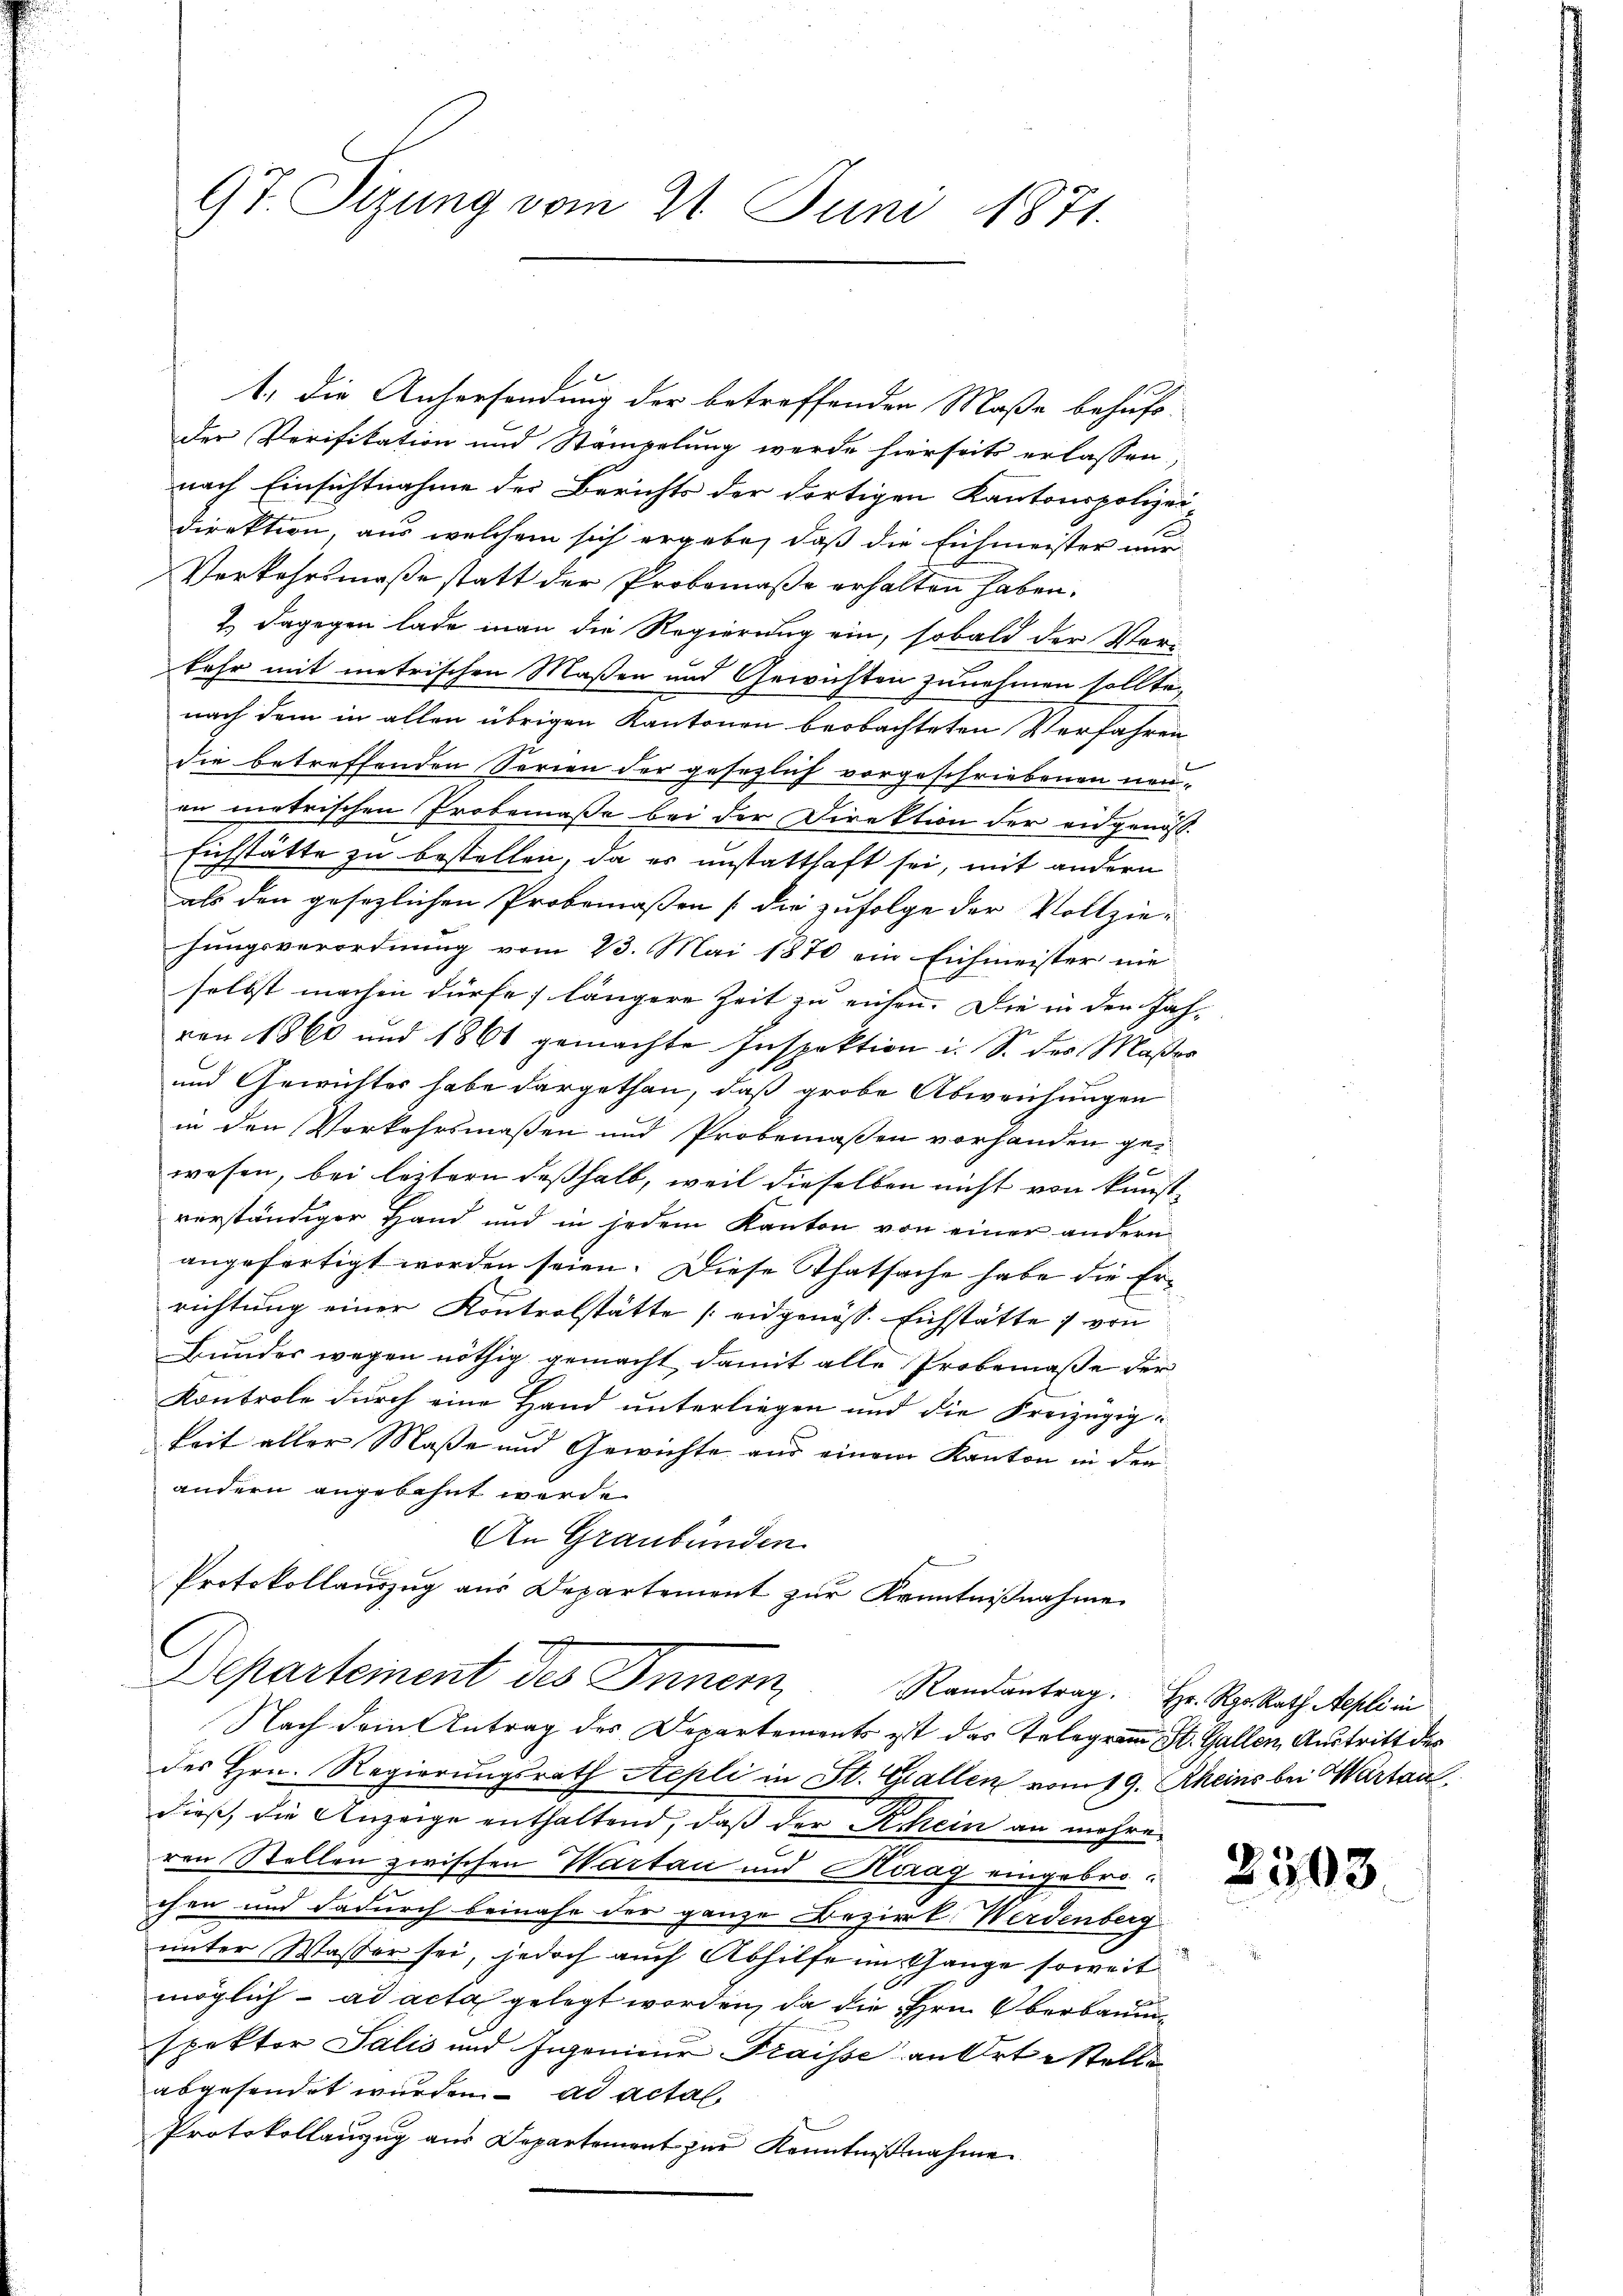
97. Sizung vom 21. Juni 1871.

1. die Anhersendung der betreffenden Maße behufs-
der Verifikation und Stämpelung werde hierseits erlassen,
nach Einsichtnahme der Berichts der dortigen Kantonspolizei
direktion, aus welchem sich ergebe, daß die Eichmeister nur
Verkehrsmaße statt der Probomaßa erhalten haben.
2. Dagegen lade man die Regierung ein, sobald der Verkehr mit metrischen Maßen und Gewichten zunehmen sollte,
nach dem in allen übrigen Kantonen beobachteten Verfahren
die betreffenden Serien der gesezlich vorgeschriebenen neuan metrischen Probemaßa bei der Direktion der eidgenöss.
Eichstätte zu bestellen, da es unstatthaft sei, mit andern
als den gesezlichen Probemaßen [die zufolge der Vollziehungsverordnung vom 23. Mai 1870 ein Eichmeister nie
selbst machen dürfe; längere Zeit zu einsen. Die in den Jah-
von 1860 und 1861 gemachte Inspektion i. S. des Maßer
und Gewichter habe dargethan, daß grobe Abweichungen
in den Vorkehrsmaßen und Probemassen vorhanden gewesen, bei letztern deßhalb, weil dieselben nicht von kunst-
verständiger Hand und in jedem Kanton von einer andern
angefertigt worden seien. Diese Thatsache habe die Er-
richtung einer Kontrolstätte eidgenöss. Eichstätte von
Bundes wegen nöthig gemacht, damit alle Probemaße der
Kontrole durch eine Hand unterliegen und die Freizügigkeit aller Maße und Gewichte aus einem Kanton in den
andern angebahnt werde
An Graubünden.
Protokollaŭszŭg aŭs Departement zŭr Kenntniβnahme
Departement des Inner,
Randantrag. Hr. Rpr. Rath Aepli in
Nach dem Antrag des Departements ist das Telegram St. Gallen, Austritt des
des Hrn. Regierungsrath Aepli in St. Gallen vom 19. Rheins bei Wartau
dieß, die Anzeige enthaltend, daß der Schein an mehreren Stellen zwischen Wartan und Horag eingebrochen und dadurch beinahe der ganze Bezirk Werdenberg
unter Wasser sei, jedoch auch Abhilfe im Gange soweit
möglich ad acta gelegt worden, da die Hrn. Oberbauu
spektor Salis und Ingenieur Fraisse an Orte Stelle
abgesendet wurden. ad actal,
Protokollanzug aus Departement zur Kenntnißnahme

2503